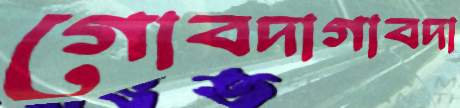
গোবদাগাবদা